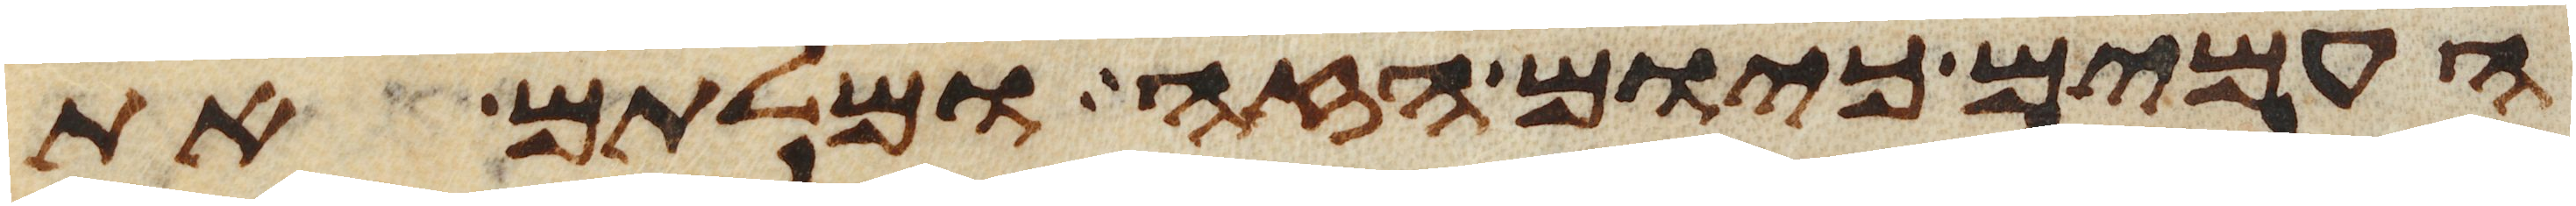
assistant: העמים כיום הזה ומלתם את